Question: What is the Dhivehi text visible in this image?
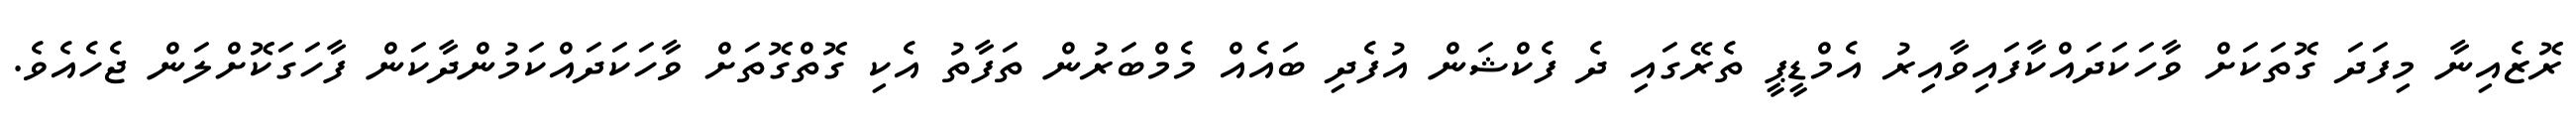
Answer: ރޮޒެއިނާ މިފަދަ ގޮތަކަށް ވާހަކަދައްކާފައިވާއިރު އެމްޑީޕީ ތެރޭގައި ދެ ފެކްޝަން އުފެދި ބައެއް މެމްބަރުން ތަފާތު އެކި ގޮތްގޮތަށް ވާހަކަދައްކަމުންދާކަން ފާހަގަކޮށްލަން ޖެހެއެވެ.